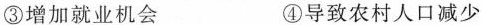
③增加就业机会 ④导致农村人口减少